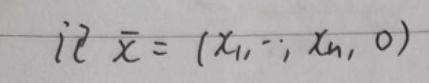
记$\mathbb{Z}\overline{x}=(x_1,\cdots,x_n,0)$